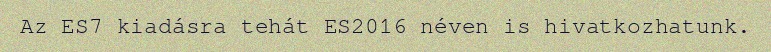
Az ES7 kiadásra tehát ES2016 néven is hivatkozhatunk.